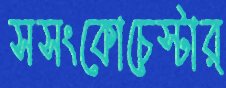
সসংকোচেস্টার্